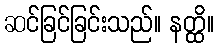
ဆင်ခြင်ခြင်းသည်။ နတ္ထိ။